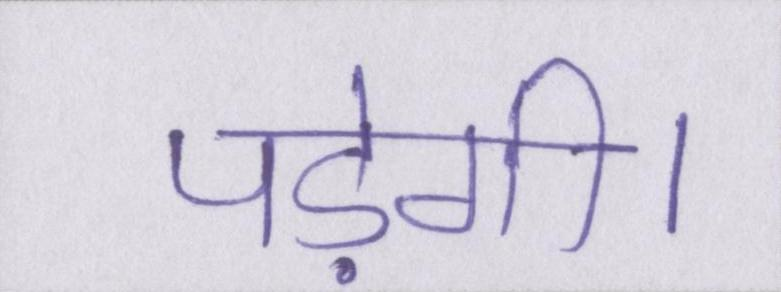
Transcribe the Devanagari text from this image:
पड़ेगी।